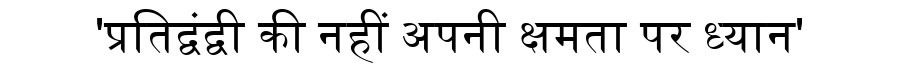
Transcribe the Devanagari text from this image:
'प्रतिद्वंद्वी की नहीं अपनी क्षमता पर ध्यान'